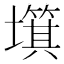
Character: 𡒬